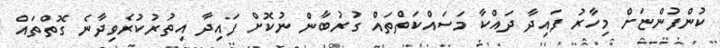
ކުންފުންޏަށް މިހާރު ފައިދާ ދައްކާ މަސައްކަތްތައް ގުރުބާން ނުކޮށް ފައިދާ އިތުރުކުރެވިދާނެ ގޮތްތައް